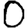
Digit: 0